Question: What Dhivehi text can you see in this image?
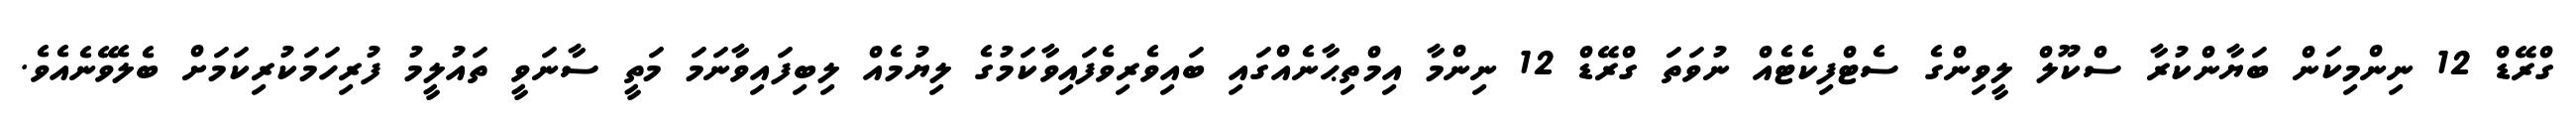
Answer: ގްރޭޑް 12 ނިންމިކަން ބަޔާންކުރާ ސްކޫލް ލީވިންގެ ސެޓްފިކެޓެއް ނުވަތަ ގްރޭޑް 12 ނިންމާ އިމްތިޙާނެއްގައި ބައިވެރިވެފައިވާކަމުގެ ލިޔުމެއް ލިބިފައިވާނަމަ މަތީ ސާނަވީ ތައުލީމު ފުރިހަމަކުރިކަމަށް ބެލެވޭނެއެވެ.